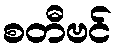
စတီဗင်